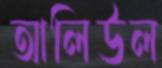
আলিউল